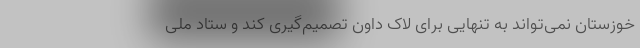
خوزستان نمی‌تواند به تنهایی برای لاک داون تصمیم‌گیری کند و ستاد ملی